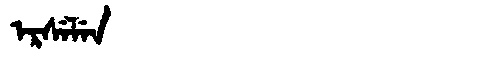
Manchu: ᡝᡵᠰᡝᠯᡝᠨ
Romanization: ERSELEN